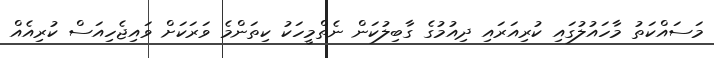
މަސައްކަތު މާހައުލުގައި ކުރިއަރައި ދިއުމުގެ ގާބިލުކަން ނެތްމީހަކު ކިތަންމެ ވަރަކަށް ވައިޖެހިއަސް ކުރިއެއް